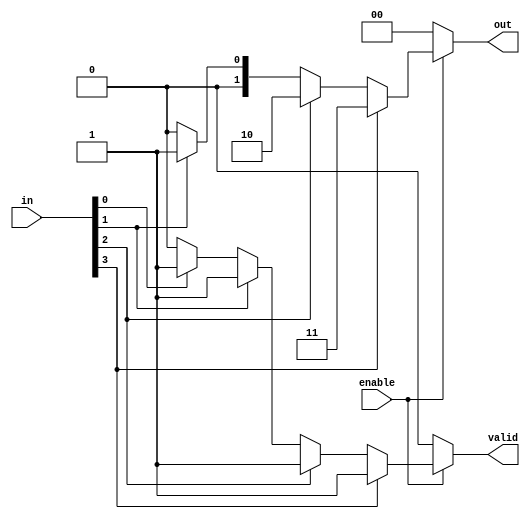
`timescale 1ns / 1ps
///////////////////////////////////////////////////////////////////////////////////////
//John Wright & Danny Peters
//University of Kentucky
//EE480 Spring 2011
//DV Final Project
//
//encoder.v
//
//A 4x1 priority encoder with enable line.
//
///////////////////////////////////////////////////////////////////////////////////////
module encoder(in, enable, out, valid);
    input [3:0] in;
    input enable;
    output reg [1:0] out;
    output reg valid;
    
    always@(in or enable)
    begin
        if(enable == 0)
        begin
            out = 2'b00;
            valid = 1'b0;
        end
        else
        begin
            if(in[3] == 1'b1)
            begin
                valid = 1'b1;
                out = 2'b11;
            end
            else if(in[2] == 1'b1)
            begin
                valid = 1'b1;
                out = 2'b10;
            end
            else if(in[1] == 1'b1)
            begin
                valid = 1'b1;
                out = 2'b01;
            end
            else if(in[0] == 1'b1)
            begin
                valid = 1'b1;
                out = 2'b00;
            end
            else
            begin
                valid = 1'b0;
                out = 2'b00;
            end
        end
    end

endmodule